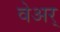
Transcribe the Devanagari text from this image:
वेअर्